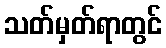
သတ်မှတ်ရာတွင်